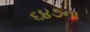
૬૪૭ના